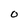
Character: O